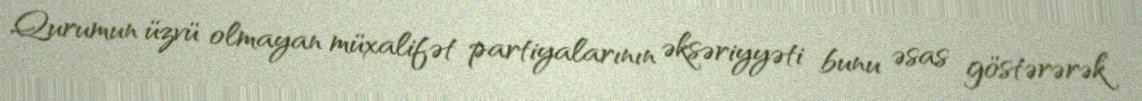
Qurumun üzvü olmayan müxalifət partiyalarının əksəriyyəti bunu əsas göstərərək